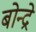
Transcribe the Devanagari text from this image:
बोन्द्रे